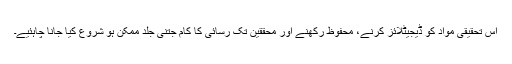
اس تحقیقی مواد کو ڈیجیٹلائز کرنے، محفوظ رکھنے اور محققین تک رسائی کا کام جتنی جلد ممکن ہو شروع کیا جانا چاہئیے۔